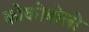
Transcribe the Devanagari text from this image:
कोकोबोलो